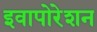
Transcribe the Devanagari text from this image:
इवापोरेशन